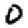
Digit: 0